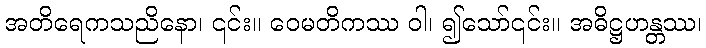
အတိရေကသညိနော၊ ၎င်း။ ဝေမတိကဿ ဝါ၊ ၍သော်၎င်း။ အဓိဋ္ဌဟန္တဿ၊